Civil Veterinary Department Bihar & Orissa reports 1911-21 - 1911-1921
Year: 1911
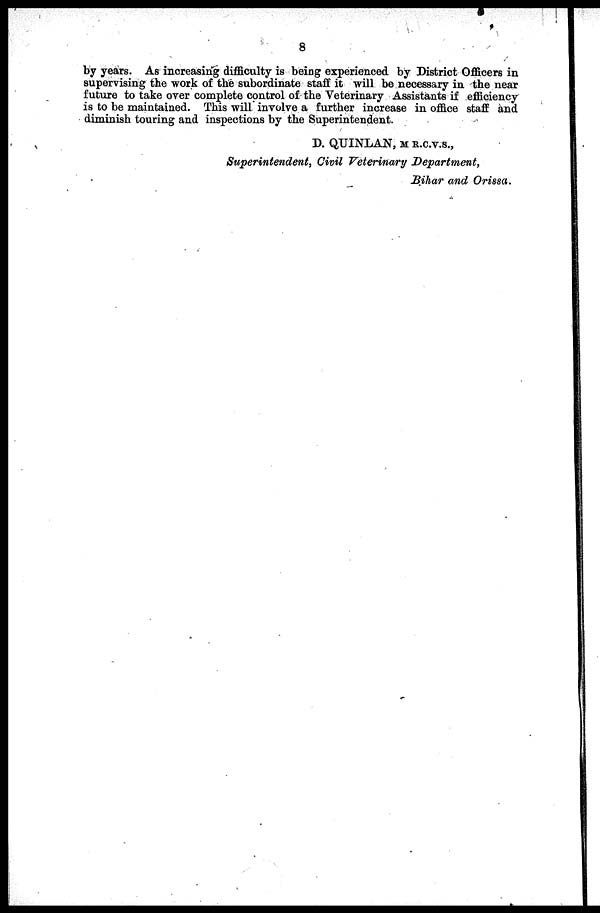
by years. As increasing difficulty is being experienced by District Officers in
supervising the work of the subordinate staff it will be necessary in the near
future to take over complete control of the Veterinary Assistants if efficiency
is to be maintained. This will involve a further increase in office staff and
diminish touring and inspections by the Superintendent.
D. QUINLAN, M R.c.v.s.,
Superintendent, Civil Veterinary Department,
Bihar and Orissa.